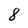
Character: 8